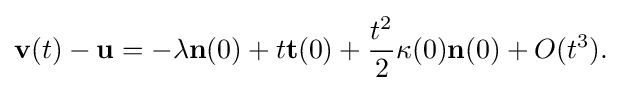
\displaystyle {\mathbf {v} (t)-\mathbf {u} =-\lambda \mathbf {n} (0)+t\mathbf {t} (0)+{t^{2} \over 2}\kappa (0)\mathbf {n} (0)+O(t^{3}).}